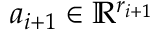
\boldsymbol { a } _ { i + 1 } \in \mathbb { R } ^ { r _ { i + 1 } }